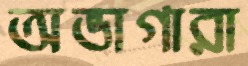
অভাগারা